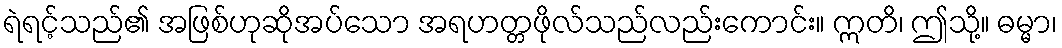
ရဲရင့်သည်၏ အဖြစ်ဟုဆိုအပ်သော အရဟတ္တဖိုလ်သည်လည်းကောင်း။ ဣတိ၊ ဤသို့။ ဓမ္မာ၊